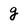
Character: g